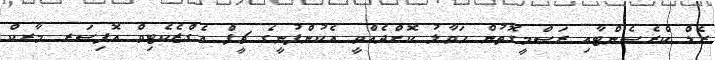
ރެޑް ކްރެސެންޓާއި ރަސްމީގޮތުން ހަވާލު ކޮށްދެއްވީ އެކުންފުނީގެ ޗީފް އެގްޒެކެޓިވް އޮފިސަރ މާރކް